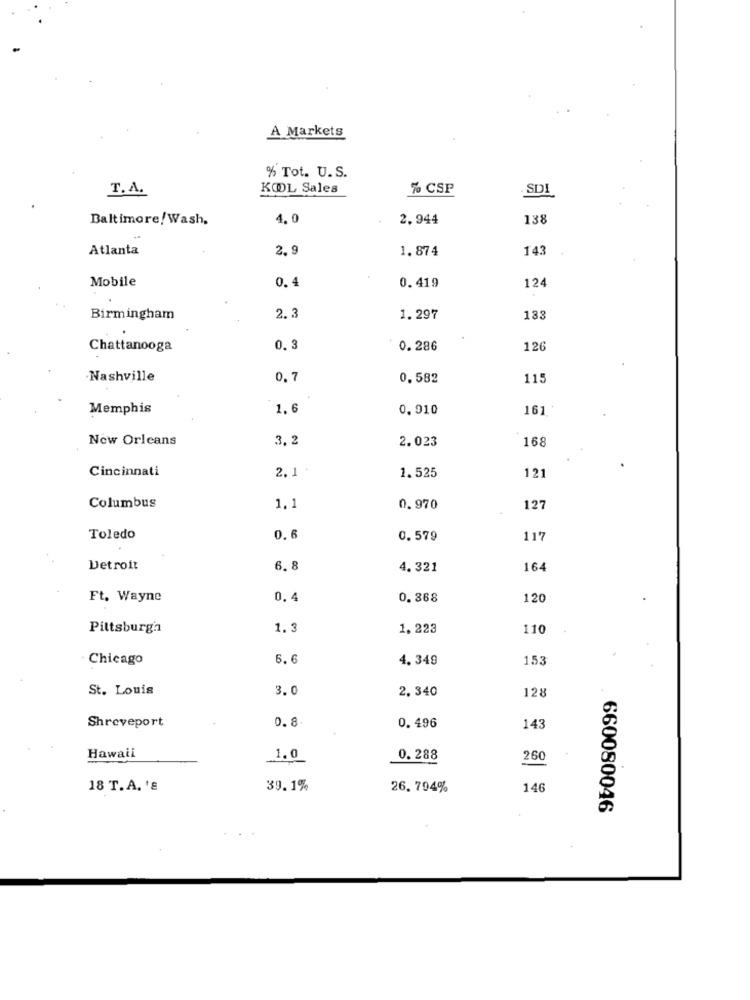
A Markets
% Tot. U.S.
KOOL Sales
% CSP
SDI
T.A.
Baltimore/Wash.
4. 0
2.944
138
Atlanta
2. 9
1.874
143
Mobile
0.4
0.419
124
Birmingham
2.3
1.297
13
Chattanooga
0. 3
0.286
126
Nashville
0. 7
0,582
115
Memphis
1. 6
0.910
161
New Orleans
3. 2
2.023
168
Cincinnati
121
2. 1
1.525
Columbus
1.1
0.970
127
Toledo
0.6
0.579
11'
Detroit
6.8
4. 321
164
Ft. Wayne
0. 4
0. 368
120
Pittsburgh
1.3
1.223
110
. Chicago
5.6
4. 349
15:
St. Louis
3.0
2. 340
128
Shreveport
0.8
0.496
143
Hawaii
1.0
0.288
260
18 T.A. '8
39.1%
26.794%
146
660080046